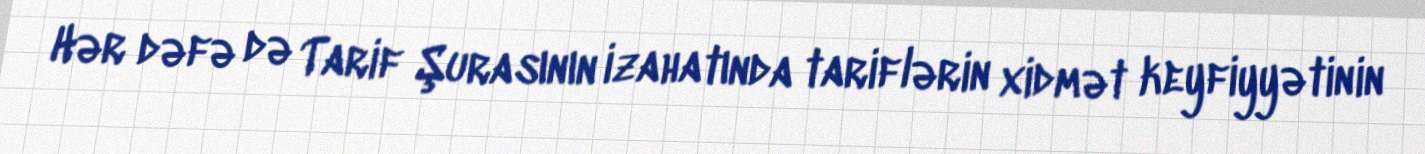
Hər dəfə də Tarif Şurasının izahatında tariflərin xidmət keyfiyyətinin